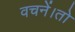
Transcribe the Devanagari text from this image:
वचनें।तो